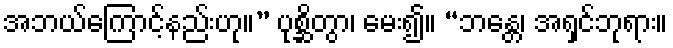
အဘယ်ကြောင့်နည်းဟု။” ပုစ္ဆိတွာ၊ မေး၍။ “ဘန္တေ၊ အရှင်ဘုရား။